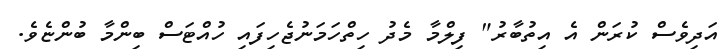
އަދިވެސް ކުރަން އެ އިތުބާރު" ފިލްމާ މެދު ހިތްހަމަނުޖެހިފައި ހުއްޓަސް ބިންމާ ބުންޏެވެ.